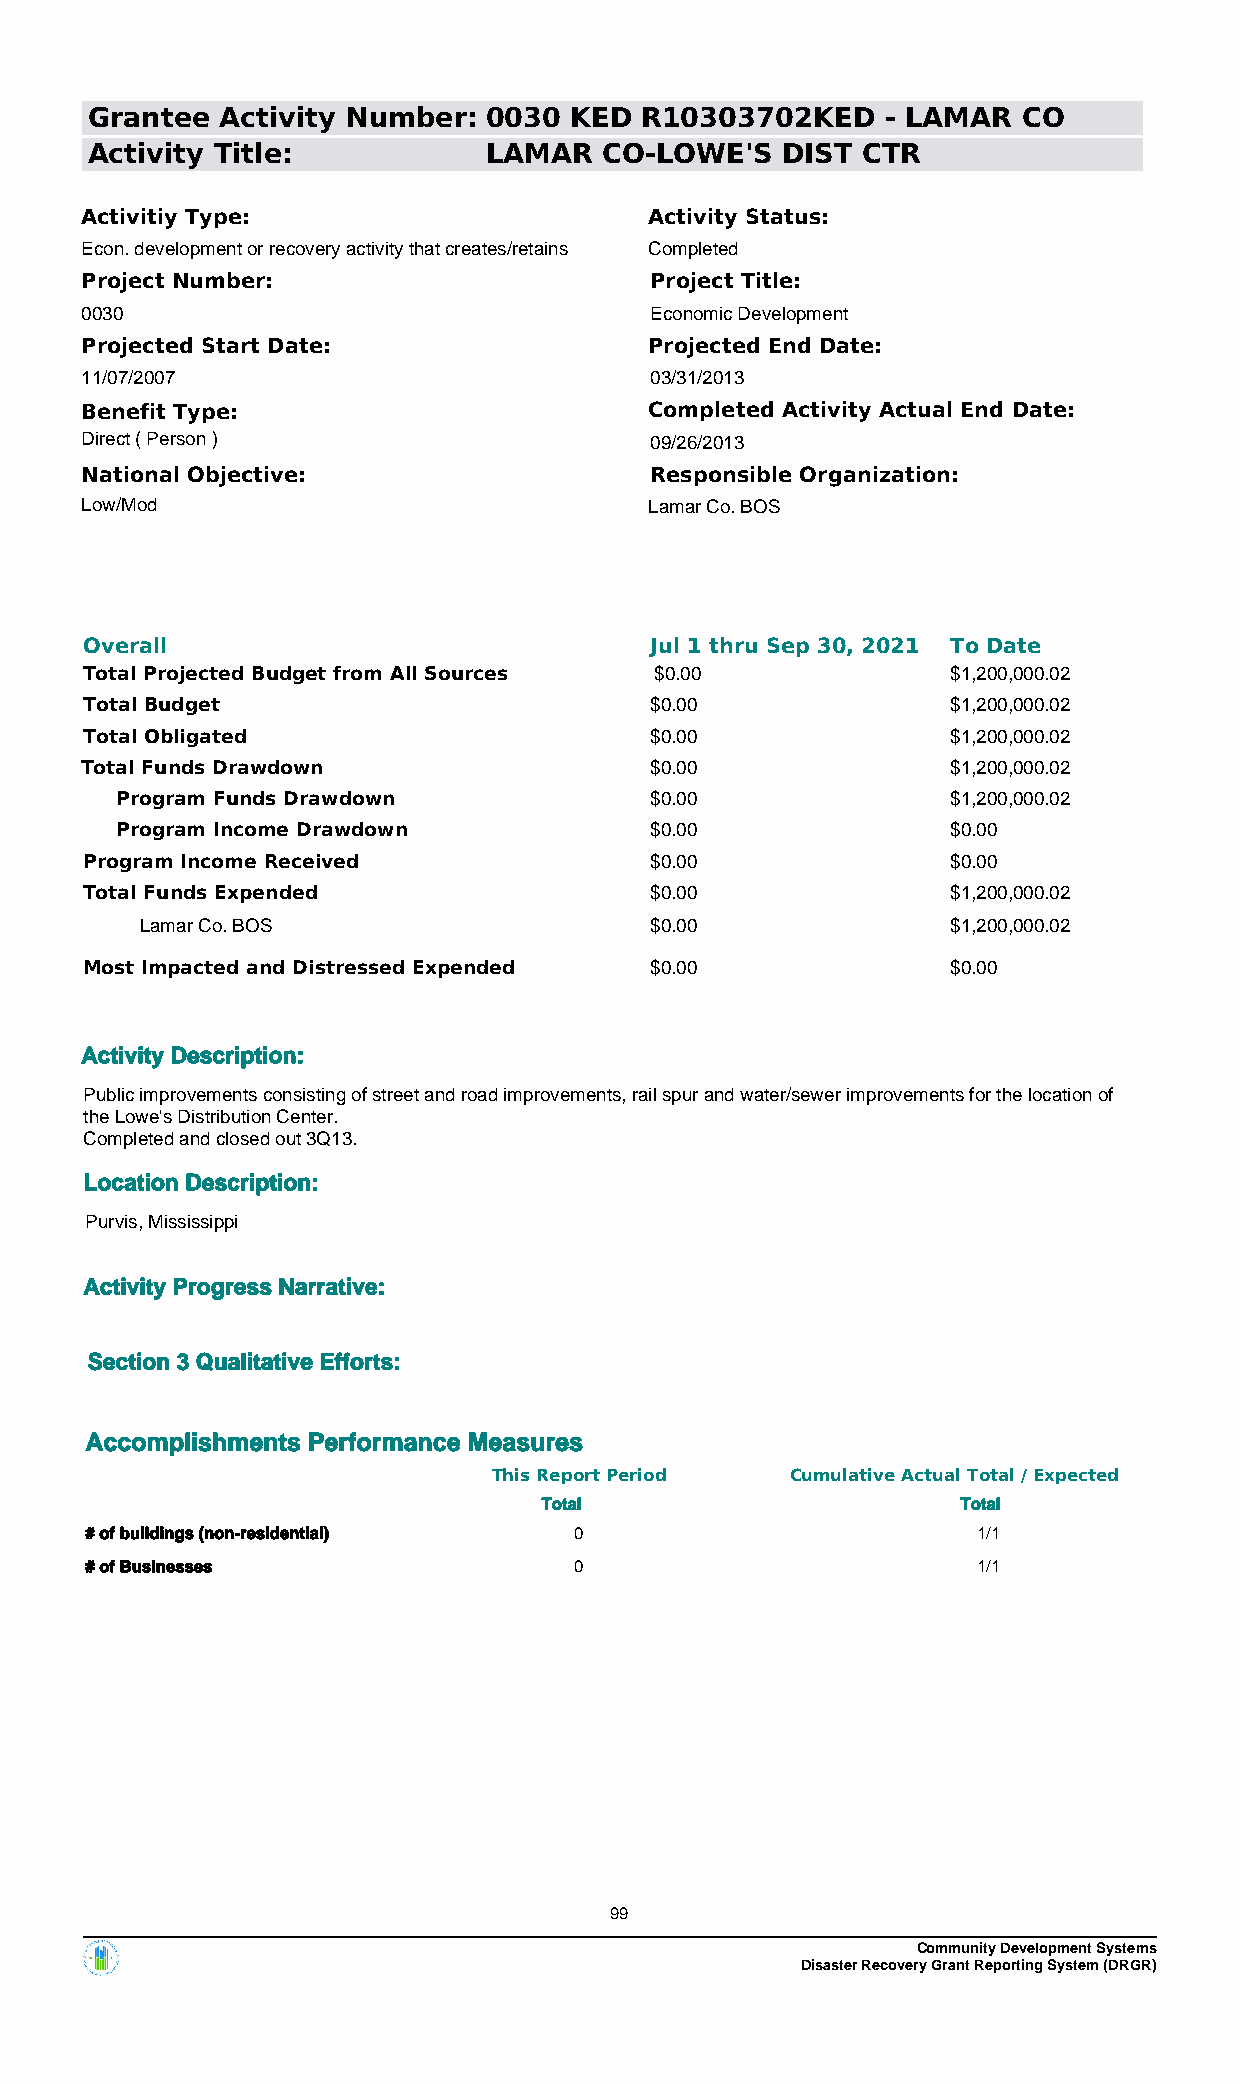
Grantee  Activity Number: 0030  KED R10303702KED     - LAMAR  CO
 Activity Title:           LAMAR   CO-LOWE'S   DIST CTR
 Activitiy Type:                       Activity Status:
 Econ. development or recovery activity that creates/retains Completed
 Project Number:                       Project Title:
 0030                                  Economic Development
 Projected Start Date:                 Projected End Date:
 11/07/2007                            03/31/2013
 Benefit Type:                         Completed Activity Actual End Date:
 Direct ( Person )                     09/26/2013
 National Objective:                   Responsible Organization:
 Low/Mod                               Lamar Co. BOS
 Overall                              Jul 1 thru Sep 30, 2021 To Date
 Total Projected Budget from All Sources $0.00            $1,200,000.02
 Total Budget                         $0.00               $1,200,000.02
 Total Obligated                      $0.00               $1,200,000.02
 Total Funds Drawdown                  $0.00               $1,200,000.02
 Program Funds Drawdown             $0.00               $1,200,000.02
 Program Income Drawdown            $0.00               $0.00
 Program Income Received              $0.00               $0.00
 Total Funds Expended                 $0.00               $1,200,000.02
 Lamar Co. BOS                     $0.00               $1,200,000.02
 Most Impacted and Distressed Expended $0.00              $0.00
 Activity Description:
 Public improvements consisting of street and road improvements, rail spur and water/sewer improvements for the location of
 the Lowe's Distribution Center.
 Completed and closed out 3Q13.
 Location Description:
 Purvis, Mississippi
 Activity Progress Narrative:
 Section 3 Qualitative Efforts:
 Accomplishments Performance Measures
 This Report Period Cumulative Actual Total / Expected
 Total                       Total
 # of buildings (non-residential) 0                         1/1
 # of Businesses                 0                          1/1
 99
 Community Development Systems
 Disaster Recovery Grant Reporting System (DRGR)